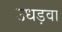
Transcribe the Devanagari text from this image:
उधड़वा